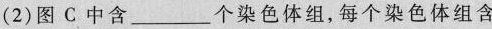
(2)图C中含___个染色体组，每个染色体组含